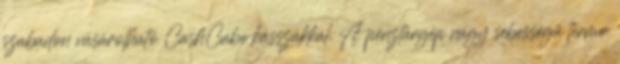
szabadon vásárolható CashCube kasszákkal. A pénztárgép nagy sebességű termo